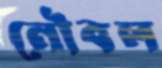
নৌবল